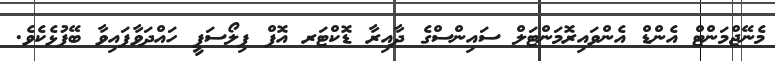
މެނޭޖްމަންޓް އެންޑް އެންވައިރޮމަންޓަލް ސައިންސްގެ ދާއިރާ ޑޮކްޓަރ އޮފް ފިލޯސަފީ ހައްދަވާފައިވާ ބޭފުޅެކެވެ.